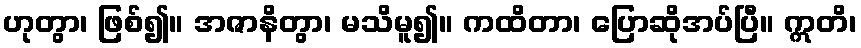
ဟုတွာ၊ ဖြစ်၍။ အဇာနိတွာ၊ မသိမူ၍။ ကထိတာ၊ ပြောဆိုအပ်ပြီ။ ဣတိ၊